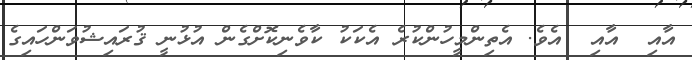
އާއި  އާއި  އެވެ. އެތިންމީހުންކުރެ އެކަކު ކާވެނިކޮށްގެން އުޅުނީ ޤުރައިޝުވަންހައިގެ